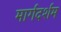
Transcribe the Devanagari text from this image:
मार्गदर्शम